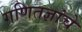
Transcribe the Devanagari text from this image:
गणितज्ञांचे